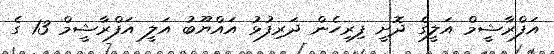
އަފްރާޝީމް އަލީގެ ދޮށީ ފިރިހެން ދަރިފުޅު އައްޔޫބު އަލީ އަފްރާޝީމް 13 ގެ